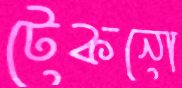
টেকনো